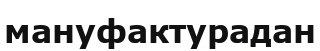
мануфактурадан